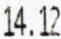
14.12